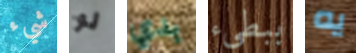
شيء لو بدي ببطىء يه